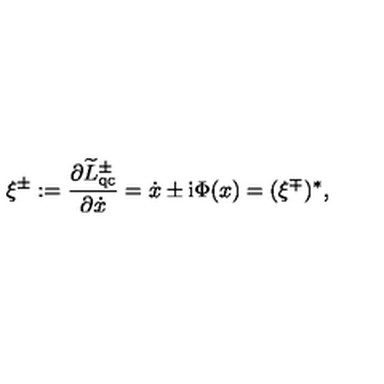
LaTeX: \xi ^ { \pm } : = \frac { \partial \widetilde { L } _ { \mathrm { q c } } ^ { \pm } } { \partial \dot { x } } = \dot { x } \pm \mathrm { i } \Phi ( x ) = ( \xi ^ { \mp } ) ^ { * } ,